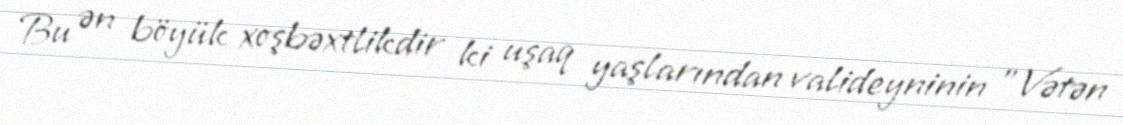
Bu ən böyük xoşbəxtlikdir ki uşaq yaşlarından valideyninin "Vətən